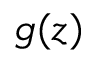
g ( z )